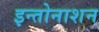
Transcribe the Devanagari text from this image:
इन्तोनाशन